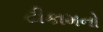
ટીકામનો